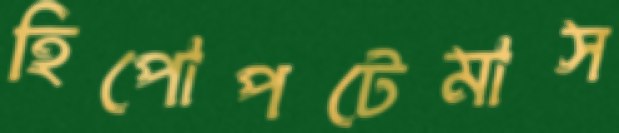
হিপোপটেমাস